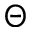
\Theta